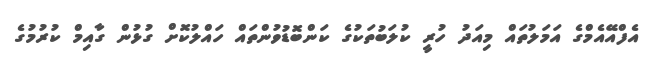
އެފްއޭއެމްގެ އަމަލުތައް މިއަދު ހުރީ ކުލަބުތަކުގެ ކަންބޮޑުވުންތައް ހައްލުކޮށް ގުޅުން ގާއިމް ކުރުމުގެ